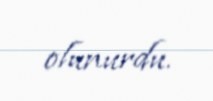
olunurdu.